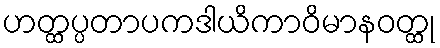
ဟတ္ထပ္ပတာပကဒါယိကာဝိမာနဝတ္ထု